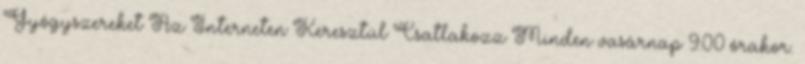
Gyógyszereket Az Interneten Keresztül Csatlakozz Minden vasárnap 9:00 órakor.